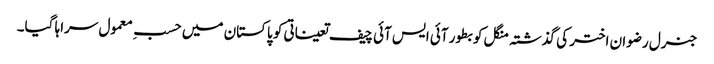
جنرل رضوان اختر کی گذشتہ منگل کو بطور آئی ایس آئی چیف تعیناتی کو پاکستان میں حسبِ معمول سراہا گیا۔